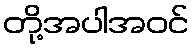
တို့အပါအဝင်